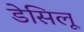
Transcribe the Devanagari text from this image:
डेसिलू